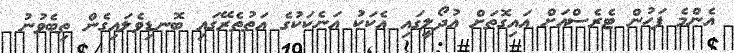
އެންމެ ފަހުން ޓެރެސްއަށް އައިގޮތަށް އުދޯލީގައި އެކަކު އަނެކަކުގެ އަތުތެރޭގައި ބޮނޑިވެލައިގެން ތިބެވުނު